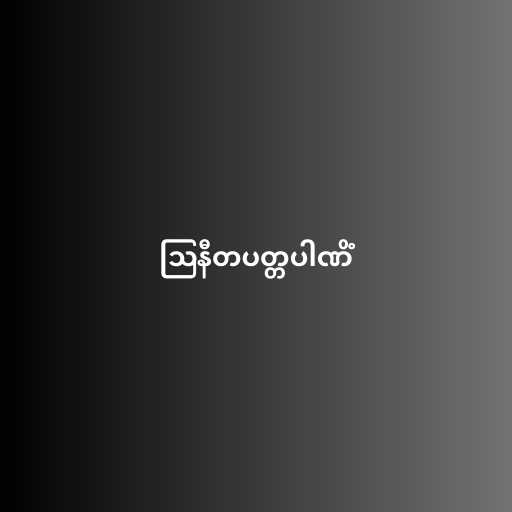
ဩနီတပတ္တပါဏိံ